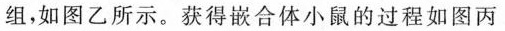
组，如图乙所示。获得嵌合体小鼠的过程如图丙